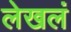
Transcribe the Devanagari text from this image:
लेखलं